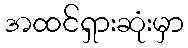
အထင်ရှားဆုံးမှာ